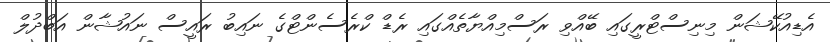
އެޑިއުކޭޝަން މިނިސްޓްރީގައި ބޭއްވި ރަސްމިއްޔާތެއްގައި ރެޑް ކްރެސެންޓްގެ ނައިބު ރައީސް ނައުޝާން އަބްދުލް